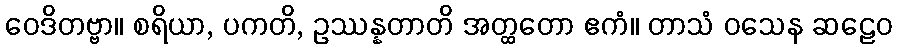
ဝေဒိတဗ္ဗာ။ စရိယာ, ပကတိ, ဥဿန္နတာတိ အတ္ထတော ဧကံ။ တာသံ ဝသေန ဆဠေဝ